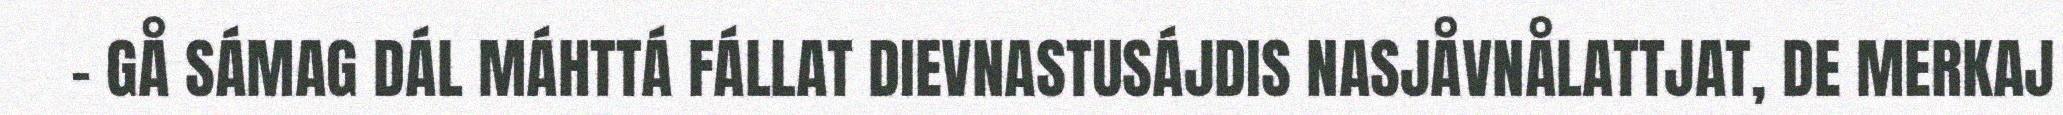
– GÅ SÁMAG DÁL MÁHTTÁ FÁLLAT DIEVNASTUSÁJDIS NASJÅVNÅLATTJAT, DE MERKAJ